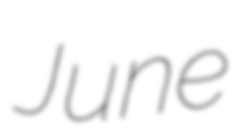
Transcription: June